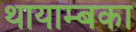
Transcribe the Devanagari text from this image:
थायाम्बका